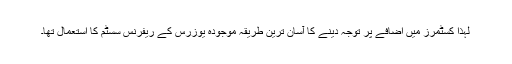
لہٰذا کسٹمرز میں اضافے پر توجہ دینے کا آسان ترین طریقہ موجودہ یوزرس کے ریفرنس سسٹم کا استعمال تھا۔